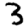
Digit: 3